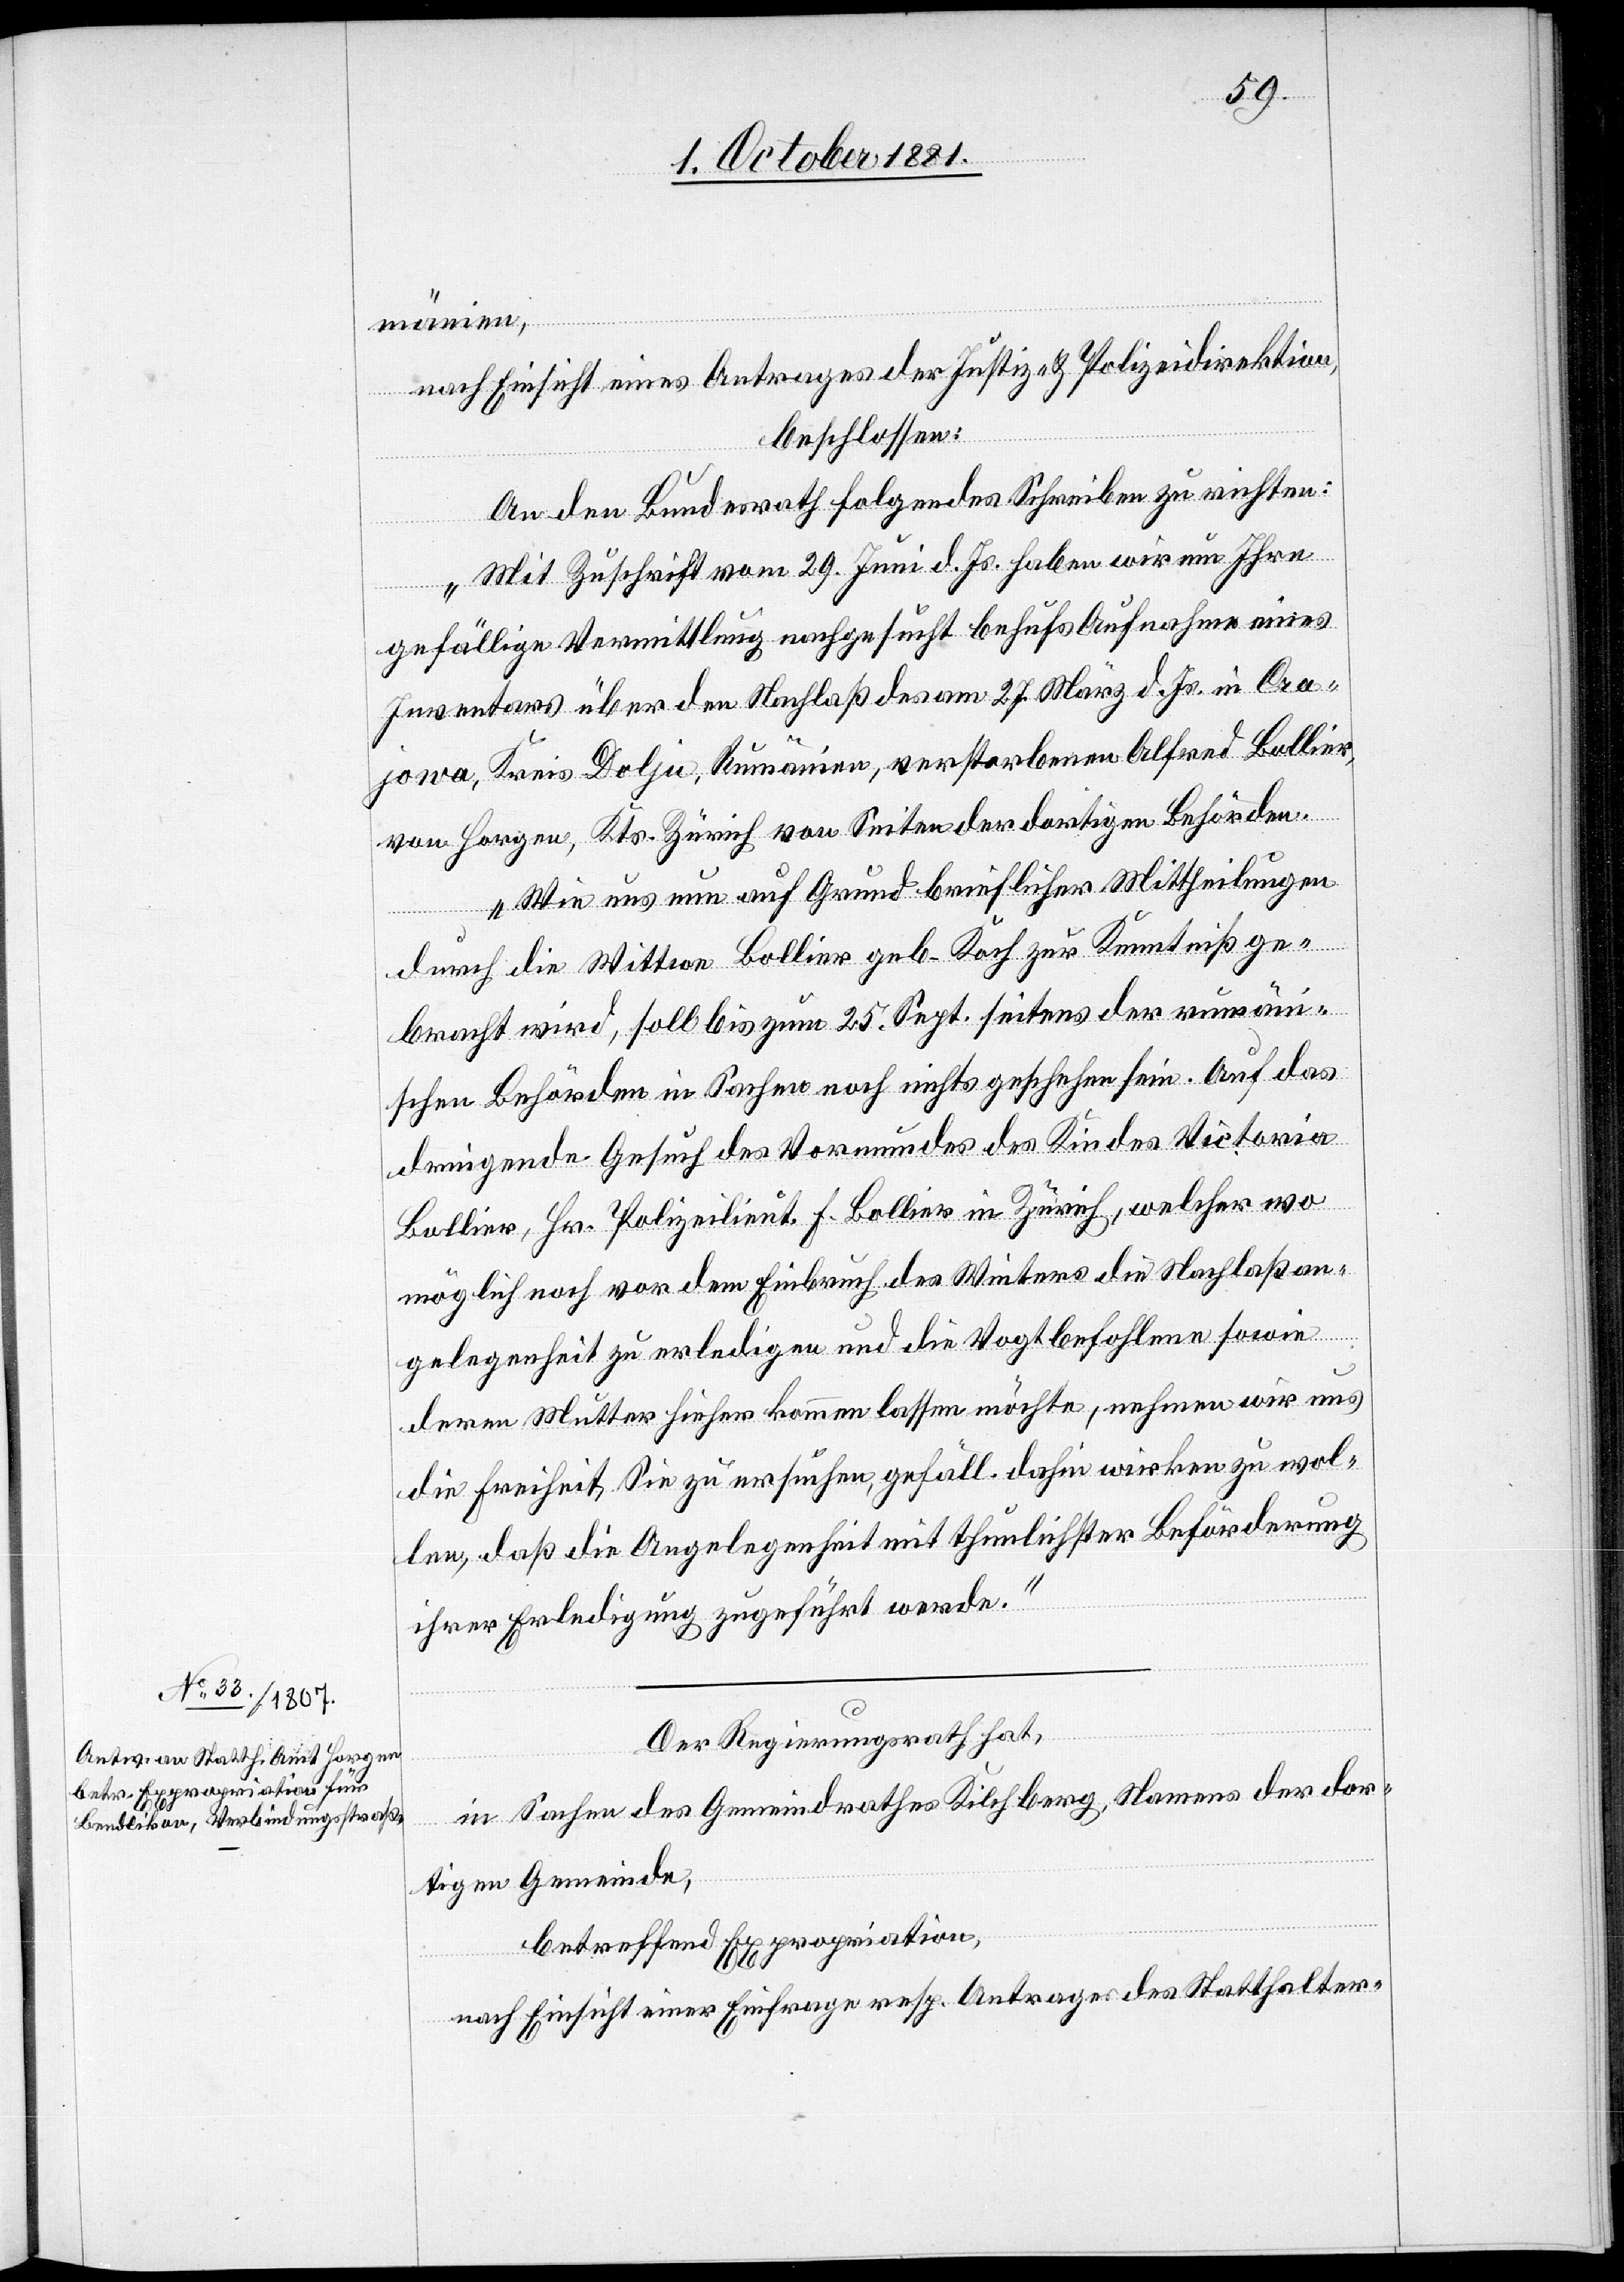
mänien,
nach Einsicht eines Antrages der Justiz- & Polizeidirektion,
beschlossen:
An den Bundesrath folgendes Schreiben zu richten:
„Mit Zuschrift vom 29. Juni d. Js. haben wir um Ihre
gefällige Vermittlung nachgesucht behufs Aufnahme eines
Inventars über den Nachlaß des am 27. März d. Js. in Cra¬
jowa, Kreis Dolju, Rumänien, verstorbenen Alfred Bollier,
von Horgen, Kts. Zürich von Seite der dortigen Behörden.
Wie uns nun auf Grund brieflicher Mittheilungen
durch die Wittwe Bollier geb. Koch zur Kenntniß ge¬
bracht wird, soll bis zum 25. Sept. seitens der rumäni¬
schen Behörden in Sachen noch nichts geschehen sein. Auf das
dringende Gesuch des Vormundes des Kindes Victoria
Bollier, Hr. Polizeilieut. F. Bollier in Zürich, welcher wo
möglich noch vor dem Einbruch des Winters die Nachlaßan¬
gelegenheit zu erledigen und die Vogtbefohlene sowie
deren Mutter hieher kommen lassen möchte, nehmen wir uns
die Freiheit, Sie zu ersuchen, gefäll. dahin wirken zu wol¬
len, daß die Angelegenheit mit thunlichster Beförderung
ihrer Erledigung zugeführt werde.“
Der Regierungsrath hat,
in Sachen des Gemeindrathes Kilchberg, Namens der dor¬
tigen Gemeinde,
betreffend Expropriation,
nach Einsicht einer Einfrage resp. Antrages des Statthalter-